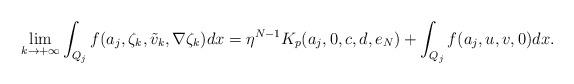
LaTeX: \begin{align*}\displaystyle{\lim_{k\to +\infty}\int_{Q_j}f(a_j, \zeta_k, \tilde{v}_k,\nabla \zeta_k)dx=\eta^{N-1}K_p(a_j,0,c,d,e_N)+\int_{Q_j}f(a_j, u, v,0)dx.}\end{align*}